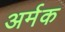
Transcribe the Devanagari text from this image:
अर्मक